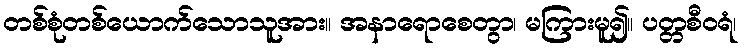
တစ်စုံတစ်ယောက်သောသူအား။ အနာရောစေတွာ၊ မကြားမူ၍။ ပတ္တစီဝရံ၊